Burma Government Medical School reports 1923-41
Year: 1923
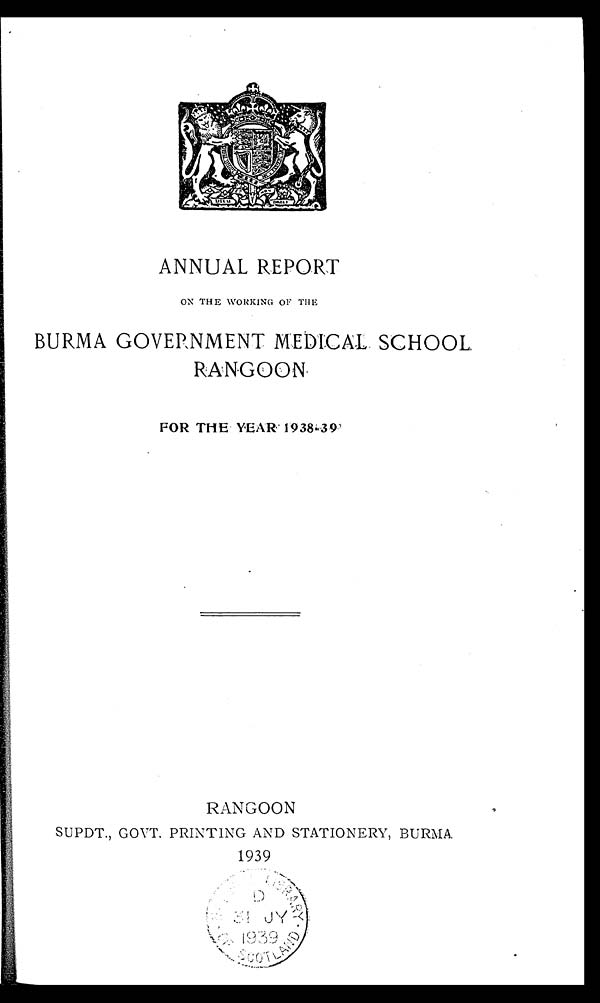
ANNUAL REPORT
ON THE WORKING OF THE
BURMA GOVERNMENT MEDICAL SCHOOL
RANGOON
FOR THE YEAR 1938-39
RANGOON
SUPDT., GOVT. PRINTING AND STATIONERY, BURMA
1939